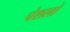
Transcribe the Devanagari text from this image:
पेशलो